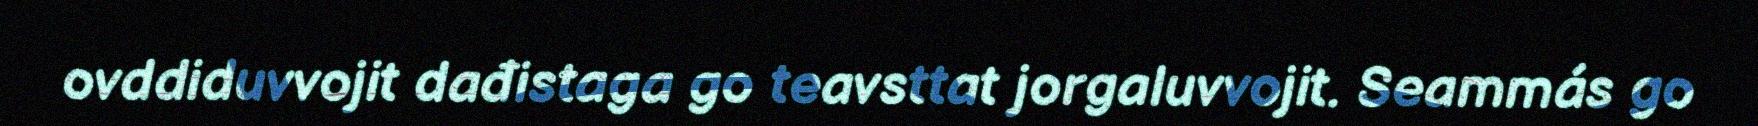
ovddiduvvojit dađistaga go teavsttat jorgaluvvojit. Seammás go